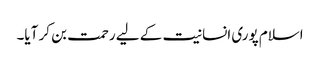
اسلام پوری انسانیت کے لیے رحمت بن کر آیا۔